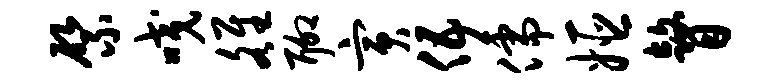
綮咬雒聊寅伍儒姬瞽